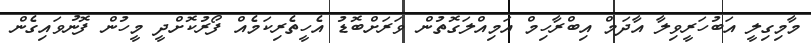
މާމިގިލީ އަބުހަރީވިލާ އާދަމް އިބްރާހިމް އަމިއްލަގޮތުން ވަރަށްބޮޑު އެހީތެރިކަމެއް ފޯރުކޮށްދީ މީހުން ފޮނުވައިގެން